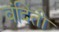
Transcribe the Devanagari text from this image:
वंदिती